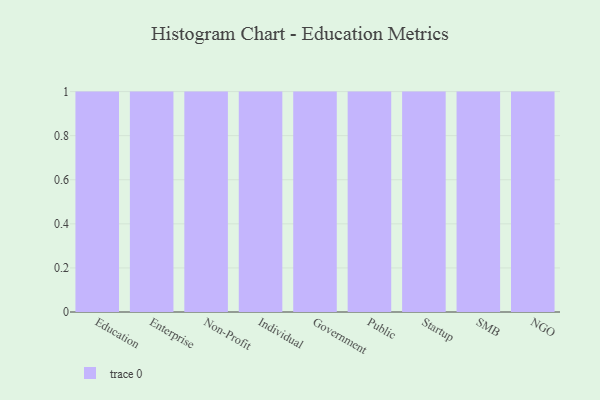
{"axis": {"x": "Segment", "y": "Gross Profit (USD K)"}, "legend": [""], "data": [{"x": "Education", "y": 62, "type": ""}, {"x": "Enterprise", "y": 25, "type": ""}, {"x": "Non-Profit", "y": 27, "type": ""}, {"x": "Individual", "y": 23, "type": ""}, {"x": "Government", "y": 74, "type": ""}, {"x": "Public", "y": 74, "type": ""}, {"x": "Startup", "y": 6, "type": ""}, {"x": "SMB", "y": 64, "type": ""}, {"x": "NGO", "y": 92, "type": ""}]}